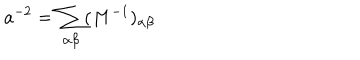
a ^ { - 2 } = \sum _ { \alpha \beta } ( M ^ { - 1 } ) _ { \alpha \beta }